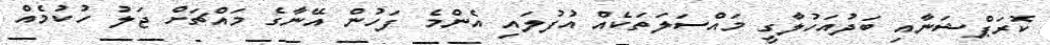
ކޮރަޕްޝަނާއި ބަދުއަހުލާގީ މައްސަލަތަކެއް އުފުލައި އެންމެ ފަހުން އޭނާގެ މައްޗަށް ޖަލު ހުކުމެއް